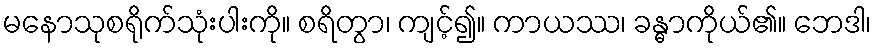
မနောသုစရိုက်သုံးပါးကို။ စရိတွာ၊ ကျင့်၍။ ကာယဿ၊ ခန္ဓာကိုယ်၏။ ဘေဒါ၊